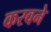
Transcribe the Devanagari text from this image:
करवने